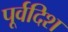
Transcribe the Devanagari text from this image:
पूर्वदिश